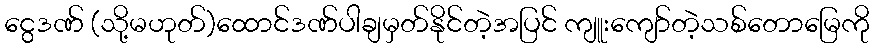
ငွေဒဏ် (သို့မဟုတ်)ထောင်ဒဏ်ပါချမှတ်နိုင်တဲ့အပြင် ကျူးကျော်တဲ့သစ်တောမြေကို